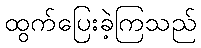
ထွက်ပြေးခဲ့ကြသည်